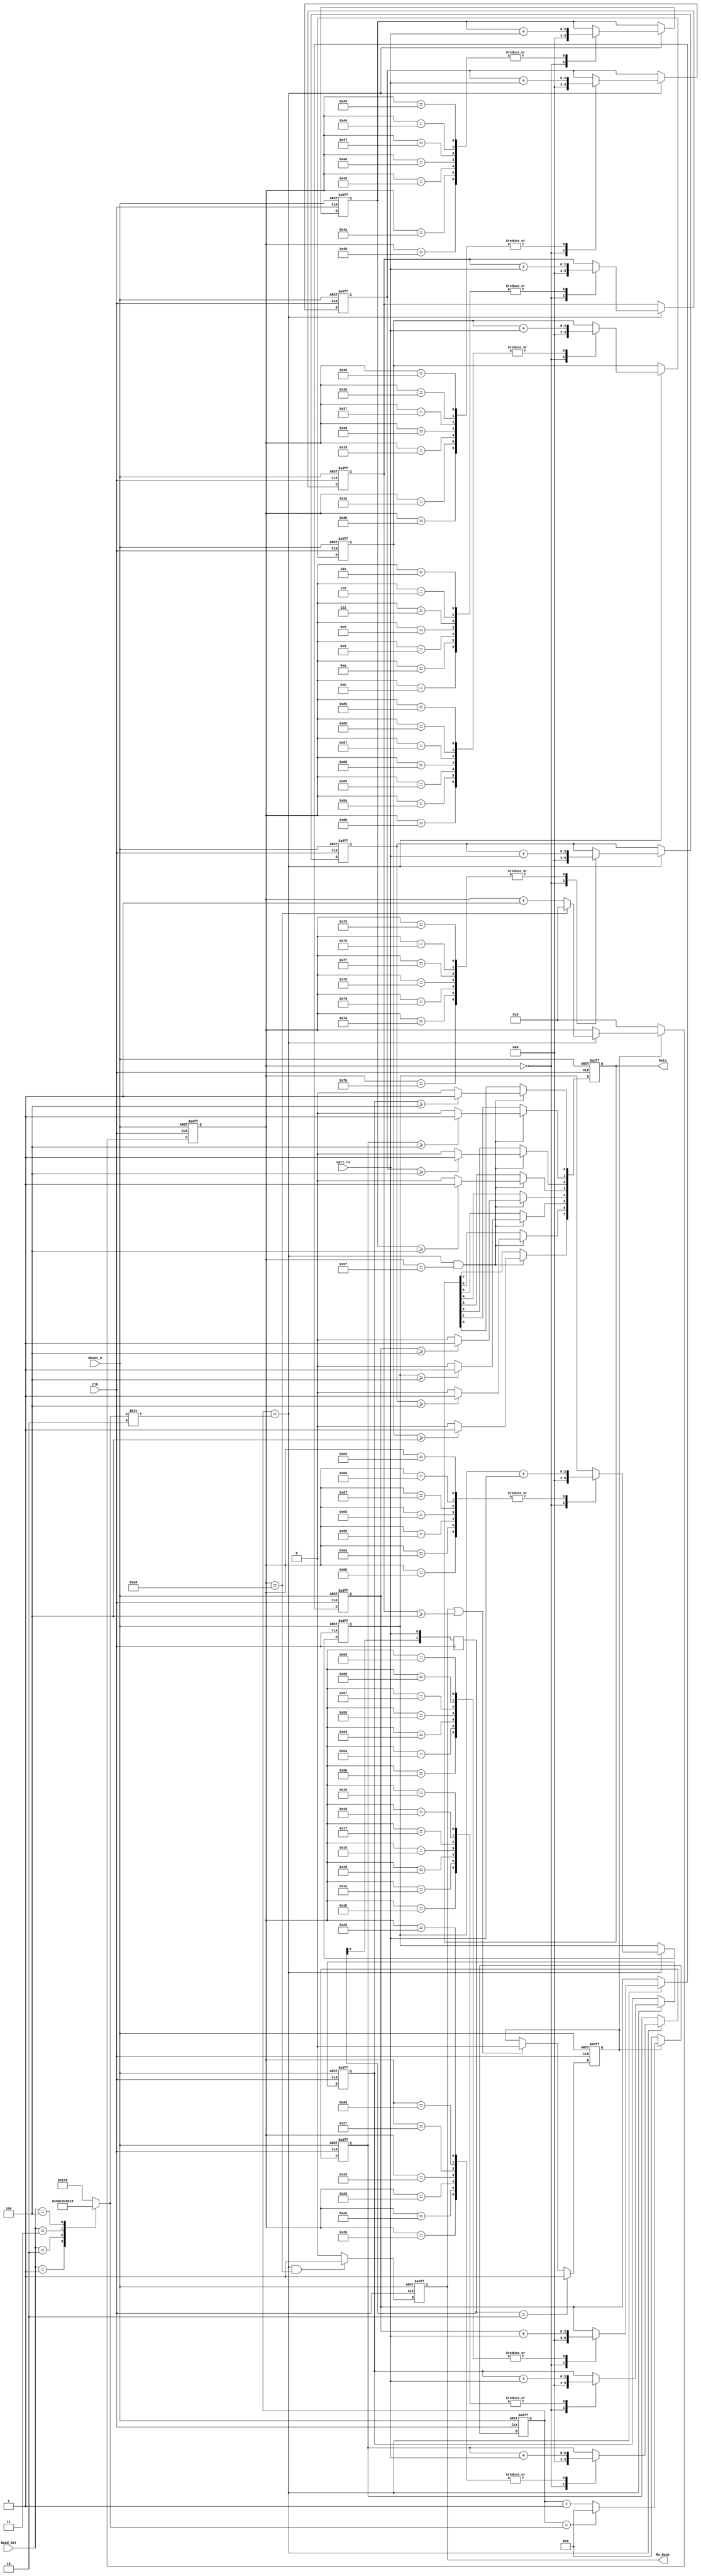
//*************************************************************************
//*   ASIC Fresh Board
//*   UART2I2C                                                      
//*  File : uart_byte_rx.v                                                 
//*  Author: Abdelazeem                                                   *
//*  Revision 0.1                                                         *
//*  Date     2024/01/26                                                  *   
//*  Email : a.abdelazeem201@gmail.com                                   *
//***********************************************************************
`timescale 1ns/1ns

module uart_byte_rx(
    Clk,
    Reset_n,
    Baud_Set,
    uart_rx,
    Data,
    Rx_Done
);

   input Clk;
   input Reset_n;
   input [2:0]Baud_Set;
   input uart_rx;
   output reg[7:0]Data; 
   output reg Rx_Done;
	
	reg [8:0]div_cnt;
	
    reg[2:0]r_data[7:0];
    reg [2:0]sta_bit;
    reg [2:0]sto_bit;
   
   reg [1:0]uart_rx_r;
   always@(posedge Clk)begin
        uart_rx_r[0] <=   uart_rx;
        uart_rx_r[1] <=   uart_rx_r[0] ;
   end

    wire pedge_uart_rx;
    assign pedge_uart_rx = (uart_rx_r == 2'b01);
    wire nedge_uart_rx;
    assign nedge_uart_rx = (uart_rx_r == 2'b10);  
 
    reg [8:0]  Bps_DR;
    always@(*)
        case(Baud_Set)
            0:Bps_DR = 1000000000/9600/16/20 - 2;
            1:Bps_DR = 1000000000/19200/16/20 - 2;
            2:Bps_DR = 1000000000/38400/16/20 - 2;
            3:Bps_DR = 1000000000/57600/16/20 - 2;
            4:Bps_DR = 1000000000/115200/16/20 - 2;
            default:Bps_DR = 1000000000/9600/16/20 - 2;
        endcase
        
    wire bps_clk_16x;
    assign bps_clk_16x = (div_cnt == Bps_DR / 2);

    reg RX_EN;
    always@(posedge Clk or negedge Reset_n)
    if(!Reset_n) 
        RX_EN <=   0;
    else if(nedge_uart_rx)
        RX_EN <=   1;
    else if(Rx_Done || (sta_bit >= 4))
        RX_EN <=   0;
        
    always@(posedge Clk or negedge Reset_n)
    if(!Reset_n)    
        div_cnt <=   0;
    else if(RX_EN)begin
        if(div_cnt == Bps_DR)
            div_cnt <=   0;
        else
            div_cnt <=   div_cnt + 1'b1;
    end
    else
        div_cnt <=   0;

    reg [7:0]bps_cnt;
    always@(posedge Clk or negedge Reset_n)
    if(!Reset_n) 
        bps_cnt <=   0;
    else if(RX_EN)begin
        if(bps_clk_16x)begin
            if(bps_cnt == 160)
                bps_cnt <=   0;
            else
                bps_cnt <=   bps_cnt + 1'b1;
        end
        else
            bps_cnt <=   bps_cnt;
     end
     else
        bps_cnt <=   0;
    
    always@(posedge Clk or negedge Reset_n)
    if(!Reset_n) begin
        sta_bit <=   0;
        sto_bit <=   0;
        r_data[0] <=   0;
        r_data[1] <=   0;
        r_data[2] <=   0;
        r_data[3] <=   0;
        r_data[4] <=   0;
        r_data[5] <=   0;
        r_data[6] <=   0;
        r_data[7] <=   0;
    end
    else if(bps_clk_16x)begin
        case(bps_cnt)
            0:begin
                sta_bit <=   0;
                sto_bit <=   0;
                r_data[0] <=   0;
                r_data[1] <=   0;
                r_data[2] <=   0;
                r_data[3] <=   0;
                r_data[4] <=   0;
                r_data[5] <=   0;
                r_data[6] <=   0;
                r_data[7] <=   0;
            end
            5,6,7,8,9,10,11:sta_bit <=   sta_bit + uart_rx;
            21,22,23,24,25,26,27: r_data[0] <=   r_data[0] + uart_rx;
            37,38,39,40,41,42,43: r_data[1] <=   r_data[1] + uart_rx;
            53,54,55,56,57,58,59: r_data[2] <=   r_data[2] + uart_rx;
            69,70,71,72,73,74,75: r_data[3] <=   r_data[3] + uart_rx;
            85,86,87,88,89,90,91: r_data[4] <=   r_data[4] + uart_rx;
            101,102,103,104,105,106,107: r_data[5] <=   r_data[5] + uart_rx;
            117,118,119,120,121,122,123: r_data[6] <=   r_data[6] + uart_rx;
            133,134,135,136,137,138,139: r_data[7] <=   r_data[7] + uart_rx;
            149,150,151,152,153,154,155: sto_bit <=   sto_bit + uart_rx;
            default:;
        endcase
    end
        
    always@(posedge Clk or negedge Reset_n)
    if(!Reset_n) 
        Data <=   0;        
    else if(bps_clk_16x && (bps_cnt == 159))begin
        Data[0] <=  (r_data[0] >= 4)?1'b1:1'b0;
        Data[1] <=  (r_data[1] >= 4)?1'b1:1'b0;
        Data[2] <=  (r_data[2] >= 4)?1'b1:1'b0;
        Data[3] <=  (r_data[3] >= 4)?1'b1:1'b0;
        Data[4] <=  (r_data[4] >= 4)?1'b1:1'b0;
        Data[5] <=  (r_data[5] >= 4)?1'b1:1'b0;
        Data[6] <=  (r_data[6] >= 4)?1'b1:1'b0;
        Data[7] <=  (r_data[7] >= 4)?1'b1:1'b0;
    end 

    always@(posedge Clk or negedge Reset_n)
    if(!Reset_n) 
        Rx_Done <=   0;
    else if((div_cnt == Bps_DR/2) && (bps_cnt == 160))
        Rx_Done <=   1;
    else
        Rx_Done <=   0; 
        
endmodule